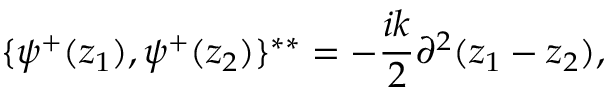
\{ \psi ^ { + } ( z _ { 1 } ) , \psi ^ { + } ( z _ { 2 } ) \} ^ { * * } = - { \frac { i k } { 2 } } \partial ^ { 2 } \d ( z _ { 1 } - z _ { 2 } ) ,